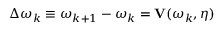
\Delta \boldsymbol { \omega } _ { k } \equiv \boldsymbol { \omega } _ { k + 1 } - \boldsymbol { \omega } _ { k } = \mathbf { V } ( \boldsymbol { \omega } _ { k } , \boldsymbol { \eta } )